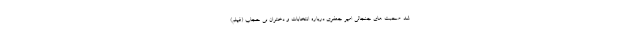
شد. صحبت های جنجالی امیر جعفری درباره انتخابات و دختران بی حجاب (فیلم)